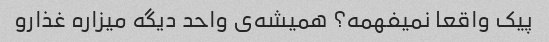
پیک واقعا نمیفهمه؟ همیشه‌ی واحد دیگه میزاره غذارو